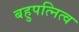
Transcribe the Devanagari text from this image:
बहुपत्नित्व